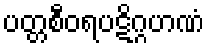
ပတ္တစီဝရပဋိဂ္ဂဟဏံ